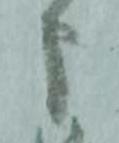
申